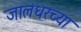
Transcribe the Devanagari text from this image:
जालंधरच्या